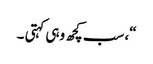
“، سب کچھ وہی کہتی ۔